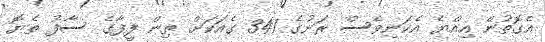
އެގޮތުން އިއްޔެ އެކަނިވެސް ރަށުގެ 341 ގެއަކަށް ތިން ފީފާގެ ސާފު ތެޔޮ